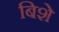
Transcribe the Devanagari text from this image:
बिशे